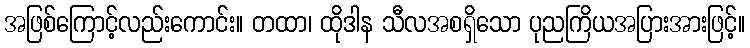
အဖြစ်ကြောင့်လည်းကောင်း။ တထာ၊ ထိုဒါန သီလအစရှိသော ပုညကြိယအပြားအားဖြင့်။